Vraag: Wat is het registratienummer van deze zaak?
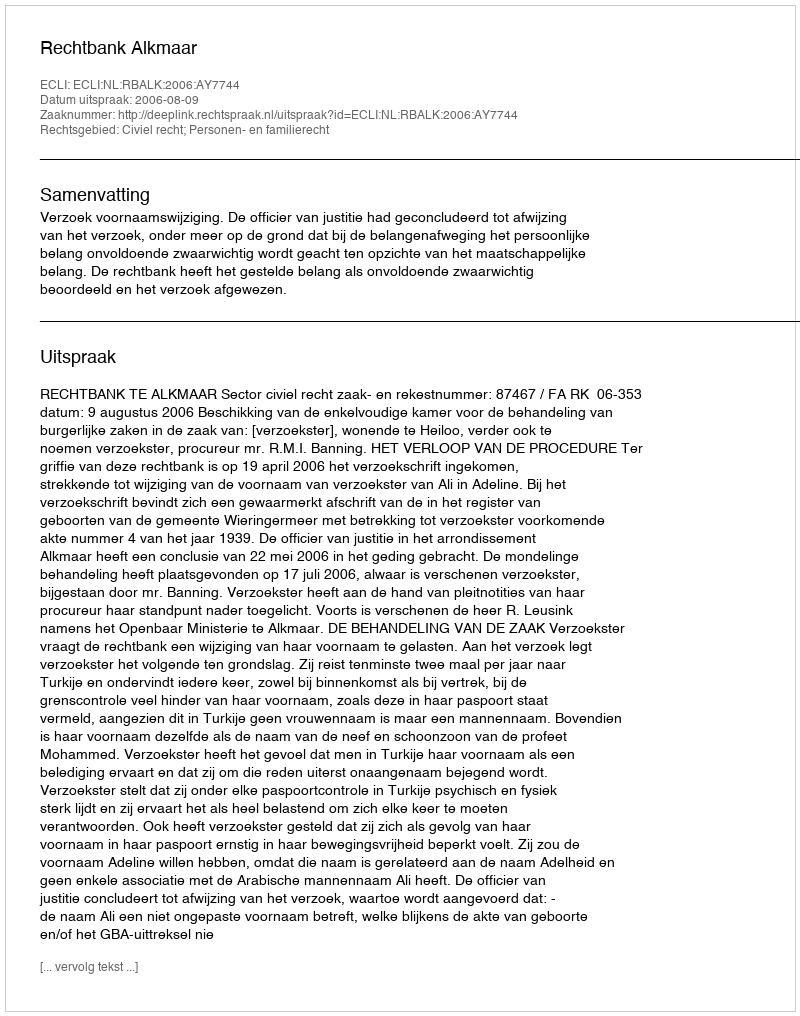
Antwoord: http://deeplink.rechtspraak.nl/uitspraak?id=ECLI:NL:RBALK:2006:AY7744